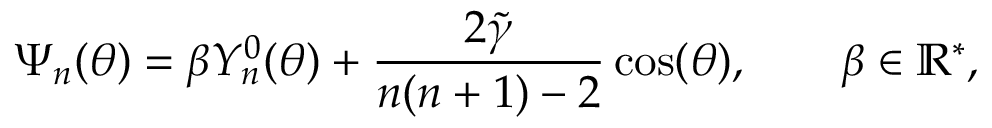
\Psi _ { n } ( \theta ) = \beta Y _ { n } ^ { 0 } ( \theta ) + \frac { 2 \widetilde { \gamma } } { n ( n + 1 ) - 2 } \cos ( \theta ) , \qquad \beta \in \mathbb { R } ^ { * } ,